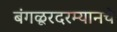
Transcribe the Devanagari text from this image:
बंगळूरदरम्यानचे